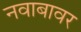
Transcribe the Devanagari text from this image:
नवाबावर